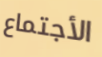
الأجتماع